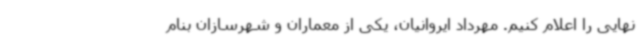
نهایی را اعلام کنیم. مهرداد ایروانیان، یکی از معماران و شهرسازان بنام